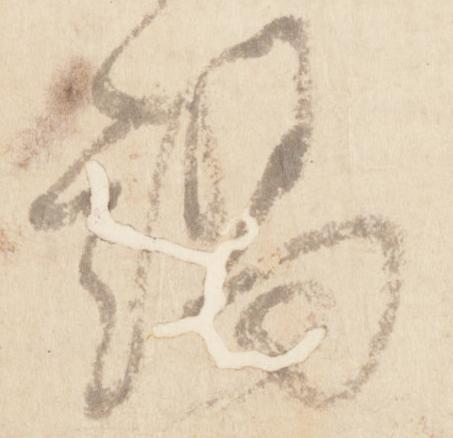
謁